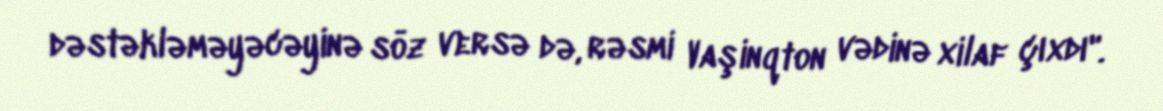
dəstəkləməyəcəyinə söz versə də, rəsmi Vaşinqton vədinə xilaf çıxdı".